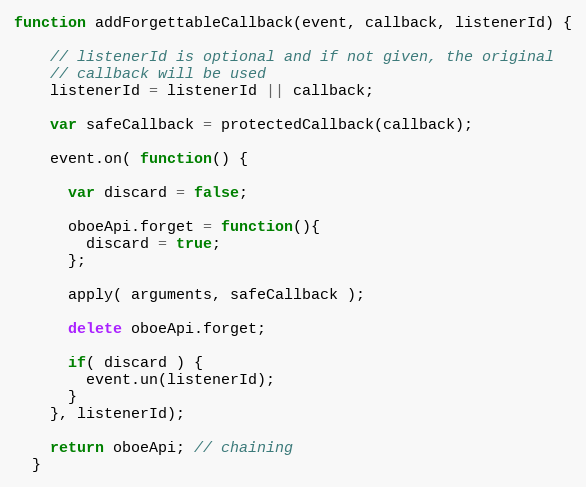
Language: JavaScript
function addForgettableCallback(event, callback, listenerId) {

    // listenerId is optional and if not given, the original
    // callback will be used
    listenerId = listenerId || callback;

    var safeCallback = protectedCallback(callback);

    event.on( function() {

      var discard = false;

      oboeApi.forget = function(){
        discard = true;
      };

      apply( arguments, safeCallback );

      delete oboeApi.forget;

      if( discard ) {
        event.un(listenerId);
      }
    }, listenerId);

    return oboeApi; // chaining
  }